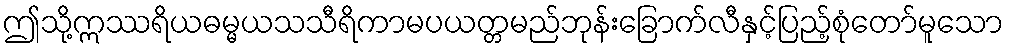
ဤသို့ဣဿရိယဓမ္မယသသီရိကာမပယတ္တမည်ဘုန်းခြောက်လီနှင့်ပြည့်စုံတော်မူသော